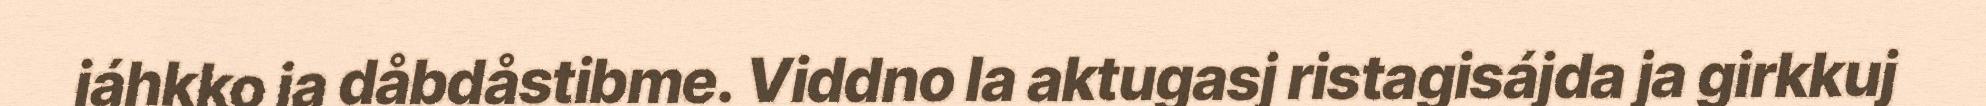
jáhkko ja dåbdåstibme. Viddno la aktugasj ristagisájda ja girkkuj